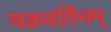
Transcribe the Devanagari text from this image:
चक्रवर्तिनम्